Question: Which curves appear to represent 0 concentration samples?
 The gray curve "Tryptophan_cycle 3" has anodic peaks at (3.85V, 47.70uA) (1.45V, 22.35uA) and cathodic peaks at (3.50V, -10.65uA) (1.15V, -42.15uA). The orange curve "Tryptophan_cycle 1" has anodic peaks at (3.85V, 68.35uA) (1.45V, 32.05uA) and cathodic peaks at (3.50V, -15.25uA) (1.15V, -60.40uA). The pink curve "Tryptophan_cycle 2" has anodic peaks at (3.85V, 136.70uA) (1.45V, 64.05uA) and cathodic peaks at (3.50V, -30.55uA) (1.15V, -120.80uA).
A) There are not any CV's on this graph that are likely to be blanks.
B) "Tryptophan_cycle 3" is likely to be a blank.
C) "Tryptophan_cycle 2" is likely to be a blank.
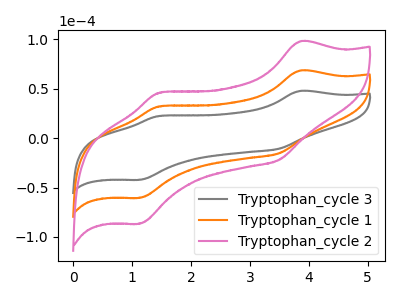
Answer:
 <answer>A) There are not any CV's on this graph that are likely to be blanks.</answer>
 <eval>A</eval>